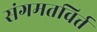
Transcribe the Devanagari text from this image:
संगमतविर्त्त